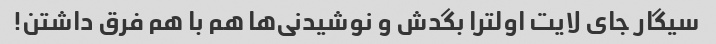
سیگار جای لایت اولترا بگدش و نوشیدنی‌ها هم با هم فرق داشتن!